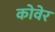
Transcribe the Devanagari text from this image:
कोवेर